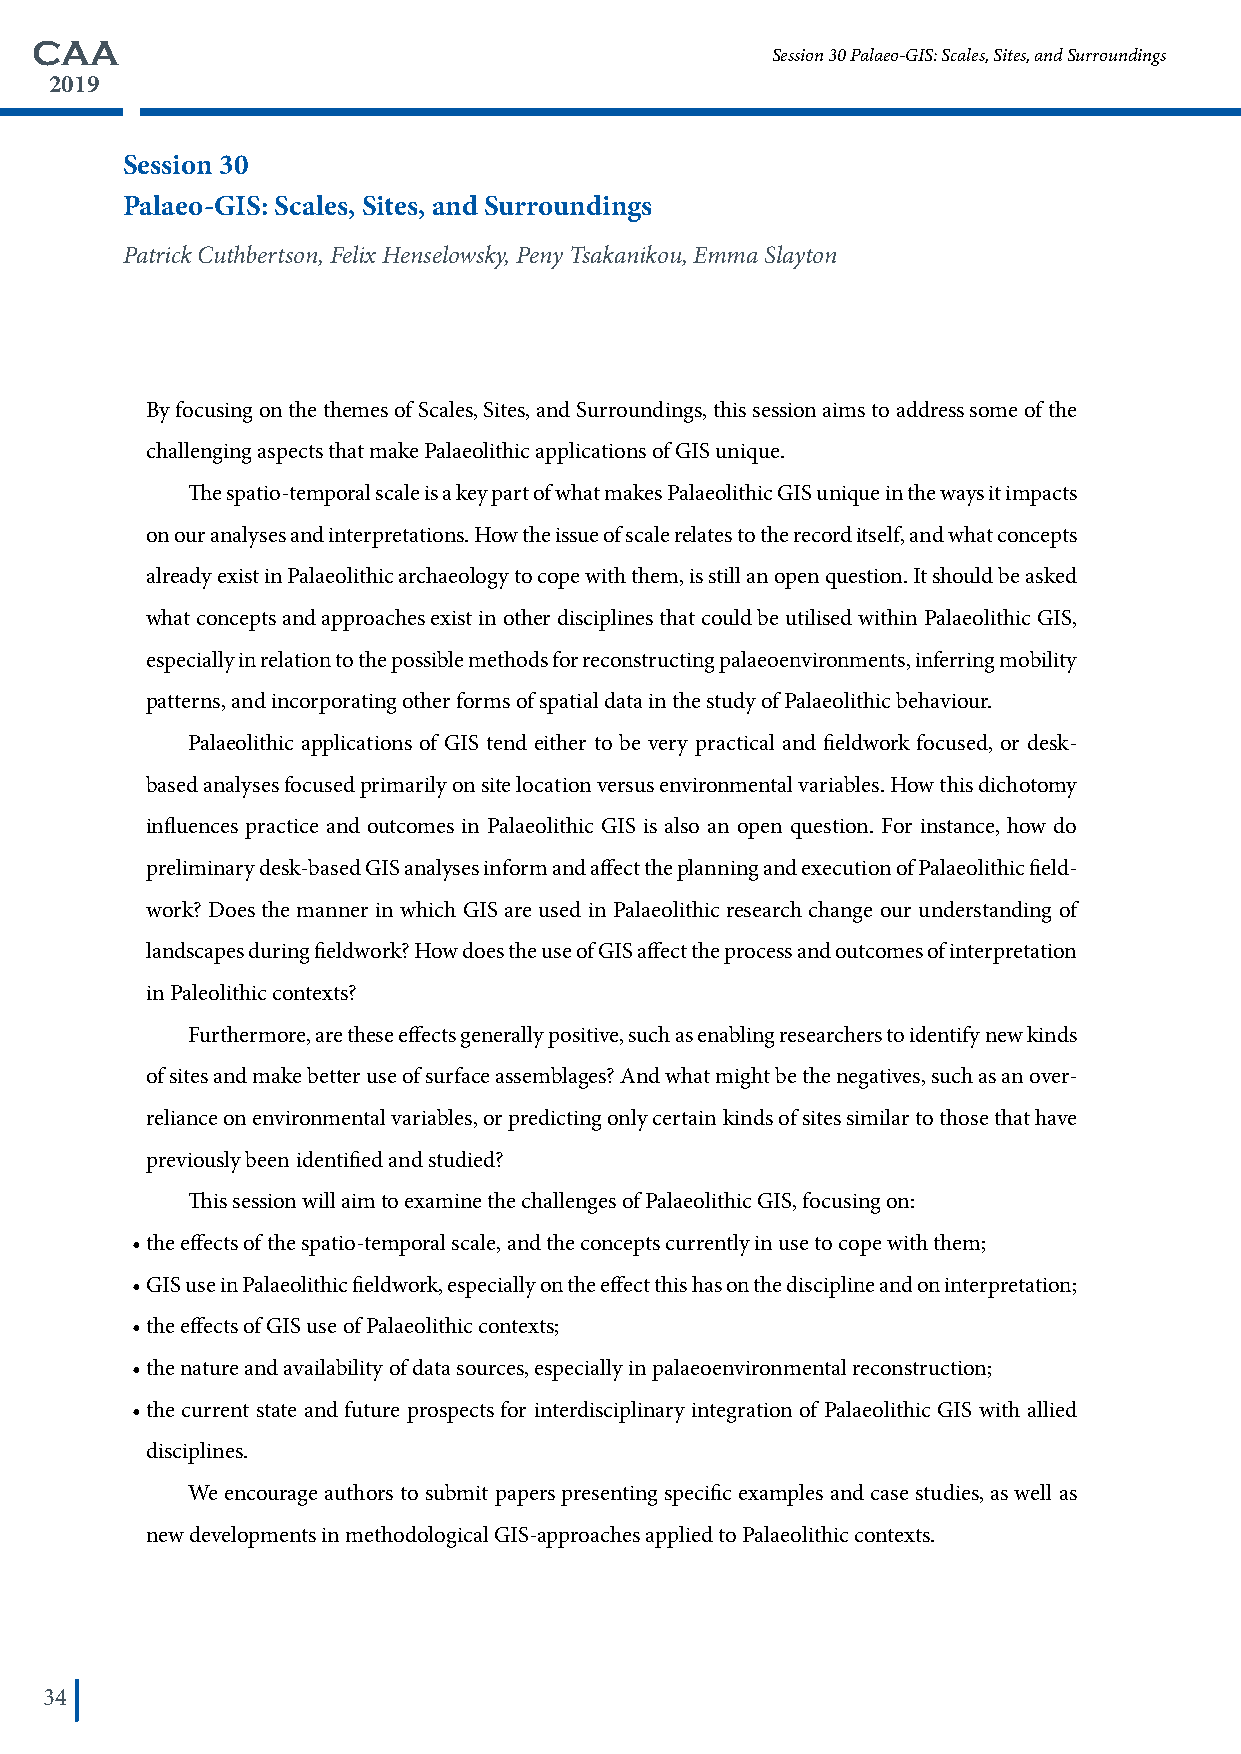
CAA
 Session 30 Palaeo-GIS: Scales, Sites, and Surroundings
 2019
 Session 30
 Palaeo-GIS: Scales, Sites, and Surroundings
 Patrick Cuthbertson, Felix Henselowsky, Peny Tsakanikou, Emma Slayton
 By focusing on the themes of Scales, Sites, and Surroundings, this session aims to address some of the
 challenging aspects that make Palaeolithic applications of GIS unique.
 The spatio-temporal scale is a key part of what makes Palaeolithic GIS unique in the ways it impacts
 on our analyses and interpretations. How the issue of scale relates to the record itself, and what concepts
 already exist in Palaeolithic archaeology to cope with them, is still an open question. It should be asked
 what concepts and approaches exist in other disciplines that could be utilised within Palaeolithic GIS,
 especially in relation to the possible methods for reconstructing palaeoenvironments, inferring mobility
 patterns, and incorporating other forms of spatial data in the study of Palaeolithic behaviour.
 Palaeolithic applications of GIS tend either to be very practical and fieldwork focused, or desk-
 based analyses focused primarily on site location versus environmental variables. How this dichotomy
 influences practice and outcomes in Palaeolithic GIS is also an open question. For instance, how do
 preliminary desk-based GIS analyses inform and affect the planning and execution of Palaeolithic field-
 work? Does the manner in which GIS are used in Palaeolithic research change our understanding of
 landscapes during fieldwork? How does the use of GIS affect the process and outcomes of interpretation
 in Paleolithic contexts?
 Furthermore, are these effects generally positive, such as enabling researchers to identify new kinds
 of sites and make better use of surface assemblages? And what might be the negatives, such as an over-
 reliance on environmental variables, or predicting only certain kinds of sites similar to those that have
 previously been identified and studied?
 This session will aim to examine the challenges of Palaeolithic GIS, focusing on:
 • the effects of the spatio-temporal scale, and the concepts currently in use to cope with them;
 • GIS use in Palaeolithic fieldwork, especially on the effect this has on the discipline and on interpretation;
 • the effects of GIS use of Palaeolithic contexts;
 • the nature and availability of data sources, especially in palaeoenvironmental reconstruction;
 • the current state and future prospects for interdisciplinary integration of Palaeolithic GIS with allied
 disciplines.
 We encourage authors to submit papers presenting specific examples and case studies, as well as
 new developments in methodological GIS-approaches applied to Palaeolithic contexts.
 34